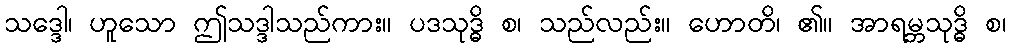
သဒ္ဒေါ၊ ဟူသော ဤသဒ္ဒါသည်ကား။ ပဒသုဒ္ဓိ စ၊ သည်လည်း။ ဟောတိ၊ ၏။ အာရမ္ဘသုဒ္ဓိ စ၊